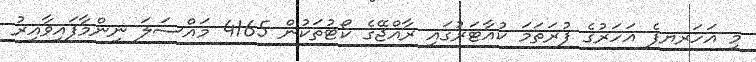
މި އަހަރޔފެ އަހަރުގެ ފުރަތަމަ ކުއާޓަރުގައި ރާއްޖޭގެ ކޯޓުތަކުން 4165 މައްސަލަ ނިންމާފައިވާއިރު